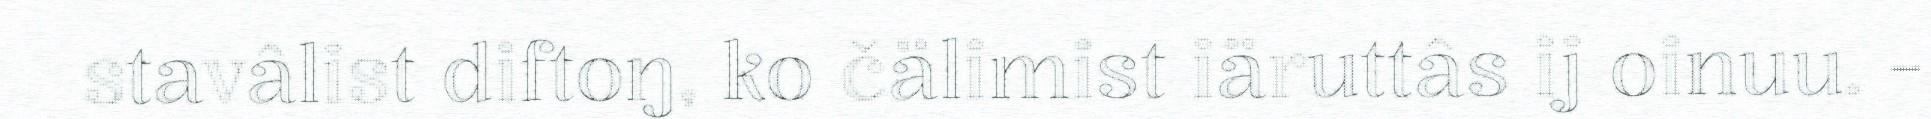
stavâlist diftoŋ, ko čälimist iäruttâs ij oinuu. -